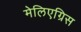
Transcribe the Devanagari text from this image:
मेलिएग्रिस